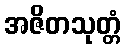
အဇိတသုတ္တံ